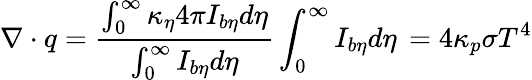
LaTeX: \nabla\cdot q=\frac{\int_{0}^{\infty}\kappa_{\eta}4\pi I_{b\eta}d\eta}{\int_{0}^{\infty}I_{b\eta}d\eta}\int_{0}^{\infty}I_{b\eta}d\eta\, =4\kappa_{p}\sigma T^{4}